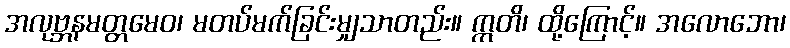
အလုဗ္ဘနမတ္တမေဝ၊ မတပ်မက်ခြင်းမျှသာတည်း။ ဣတိ၊ ထို့ကြောင့်။ အလောဘော၊